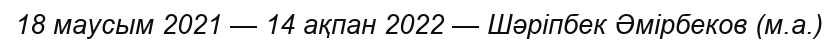
18 маусым 2021 — 14 ақпан 2022 — Шәріпбек Әмірбеков (м.а.)